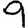
Digit: 9